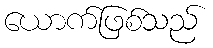
ယောက်ဖြစ်သည်